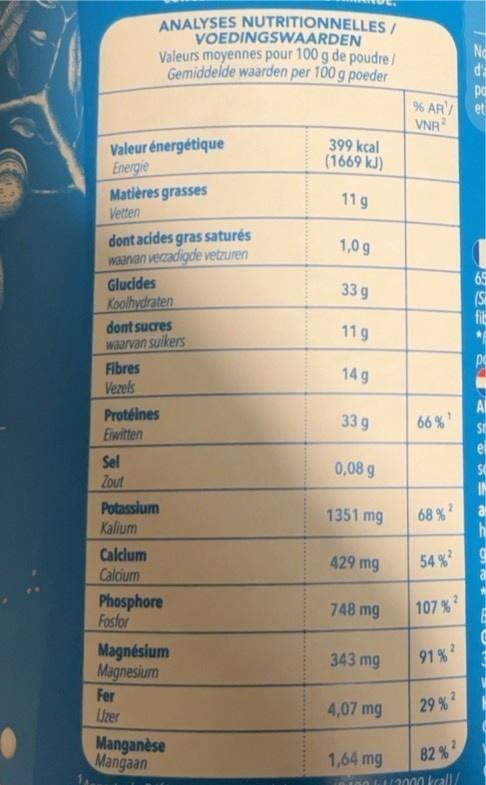
Valeur énergétique
Energie
Matières grasses
Vetten
dont acides gras saturés
waarvan verzadigde vetzuren
Glucides Koolhydraten
ANALYSES NUTRITIONNELLES/
VOEDINGSWAARDEN
Valeurs moyennes pour 100 g de poudre/ Gemiddelde waarden per 100 g poeder
dont sucres waarvan suikers
Fibres
Vezels
Protéines
Eiwitten
Sel
Zout
Potassium
Kalium
Calcium
Calcium
Phosphore
Fosfor
Magnésium
Magnesium
Fer
Uzer
Manganèse Mangaan
399 kcal
(1669 kJ)
11g
1,0 g
33 g
11 g
14 g
33 g
0,08 g
1351 mg
429 mg
748 mg
343 mg
4,07 mg
% AR/
VNR
1,64 mg
66% ¹
68%²
54%²2
107%
91%²
29%²
82%²
12000 kcall/
No
d
pa
et
65
(S
fil
S
9